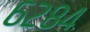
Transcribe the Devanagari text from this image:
६२८४